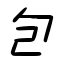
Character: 包